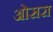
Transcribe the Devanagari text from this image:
ओसरा